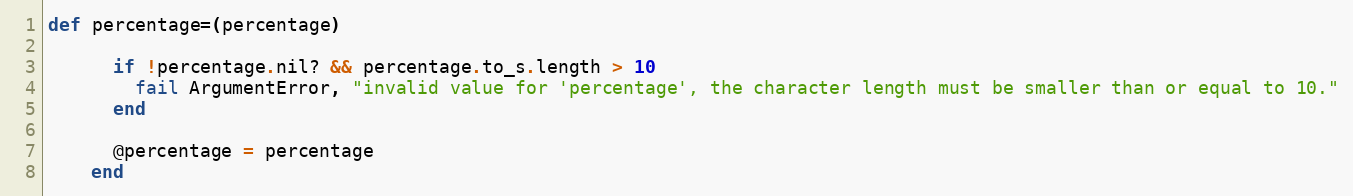
Language: Ruby
def percentage=(percentage)

      if !percentage.nil? && percentage.to_s.length > 10
        fail ArgumentError, "invalid value for 'percentage', the character length must be smaller than or equal to 10."
      end

      @percentage = percentage
    end